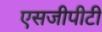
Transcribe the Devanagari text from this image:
एसजीपीटी